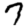
Digit: 7